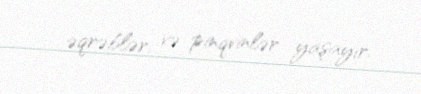
əqrəblər, və pinqvinlər yaşayır.